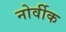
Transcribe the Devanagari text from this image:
नोर्वीक